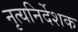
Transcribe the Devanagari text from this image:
नृत्यनिर्देशक